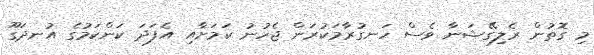
މި ގޮތުން ރެލިގޭޝަނާ ވެސް ހަނގުރާމަކުރަން ޖެހުނު ކަމަށާއި އެފަދަ ކަންކަމުގެ އުނދަގޫ